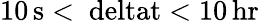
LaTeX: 10\, \mathrm{{s}<\ deltat<10\, \mathrm{{hr}}}